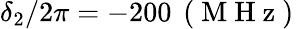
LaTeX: \delta_{2}/2\pi=-200\, \mathrm{~(~M~H~z~)~}